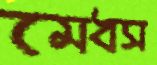
মেধস